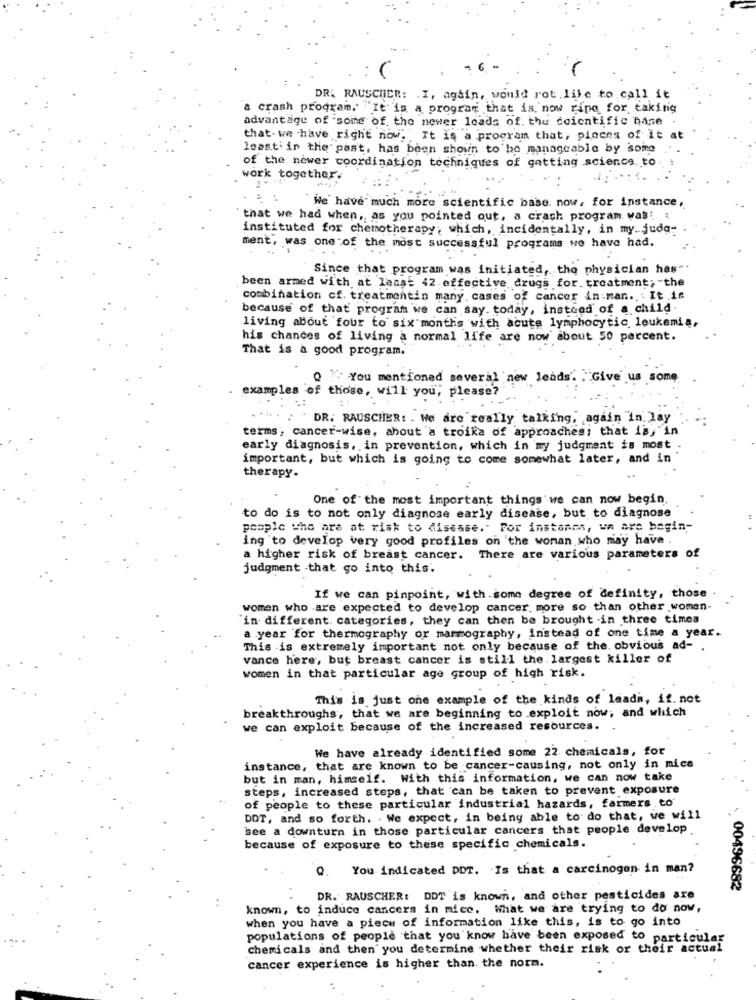
DR. RAUSCHER: . I, again, would rot like to call it
a crash program. It is a program that is now ripe for taking
advantage of some of the newer loads of. the scientific base
that-we have right now. It is a program that, pieces of it at
least' in the past, has been shown to be manageable by some
of the newer coordination techniques of getting science to
work together.
....
We have much more scientific base. now, for instance,
'that we had when, as you pointed out, a crash program was! !
instituted for chemotherapy; which, incidentally, in my-judo-
ment, was one of the most successful programs we have had.
Since that program was initiated, tho physician has"
been armed with at least 42 effective drugs for. treatment; - the
combination cf. treatmentin many cases of cancer in:man. : It .if
because of that program we can say. today, instead of a child.
living about four to six months with acute lymphocytic leukemia,
his chances of living a normal life are now about 50 percent.
That is a good program.
0 ". You mentioned several new leads. . "Give us some
examples of those, will you; please?
. DR. RAUSCHER: . We are really talking, again "in lay
terms, cancer-wise, about a troika of approaches; that is, "in
early diagnosis, in prevention, which in my judgment is most .
important, but which is going to come somewhat later, and in
therapy.
One of the most important things'we can now begin.
to do is to not only diagnose early disease, but to diagnose
people who are at risk to disease." For instanes, we are begin-
ing 'to develop very good profiles on the woman who may have .
a higher risk of breast cancer. There are various parameters of
judgment -that go into this.
If we can pinpoint, with.some degree of definity, those
women who are expected to develop cancer.more so than other women-
in different categories, they can then be brought -in three times
a year for thermography or mammography, instead of one time a year.
This is extremely important not only because of the. obvious ad-
vance here, but breast cancer is still the largest killer of
women in that particular age group of high risk.
This is just one example of the kinds of leads, if. not
breakthroughs, that we are beginning to exploit now; and which
we can exploit because of the increased resources.
We have already identified some 22 chemicals, for
instance, that are known to be cancer-causing, not only in mics
but in man, himself. With this information, we can now take
steps, increased steps, that can be taken to prevent exposure
of people to these particular industrial hazards, farmers to
DDT, and so forth. . We expect, in being able to do that, we will
see a downturn in those particular cancers that people develop
because of exposure to these specific chemicals.
Q. You indicated DDT. Is that a carcinogen in man?
00496682
DR. RAUSCHER: DDT is known, and other pesticides are
known, to induce cancers in mice. What we are trying to do now,
when you have a piece of information like this, is to go into
populations of people that you know have been exposed to particular
chemicals and then you determine whether their risk or their actual
cancer experience is higher than. the norm.